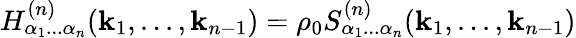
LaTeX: H_{\alpha_{1}...\alpha_{n}}^{(n)}(\mathbf{k}_{1},...,\mathbf{k}_{n-1})=\rho_{0}S_{\alpha_{1}...\alpha_{n}}^{(n)}(\mathbf{k}_{1},...,\mathbf{k}_{n-1})